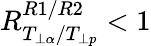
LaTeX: R_{T_{\perp\alpha}/T_{\perp p}}^{R1/R2}<1